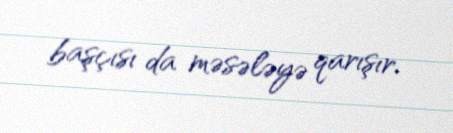
başçısı da məsələyə qarışır.